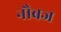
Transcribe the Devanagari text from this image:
नौबज